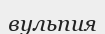
вульпия